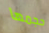
حجمها